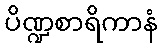
ပိဏ္ဍစာရိကာနံ